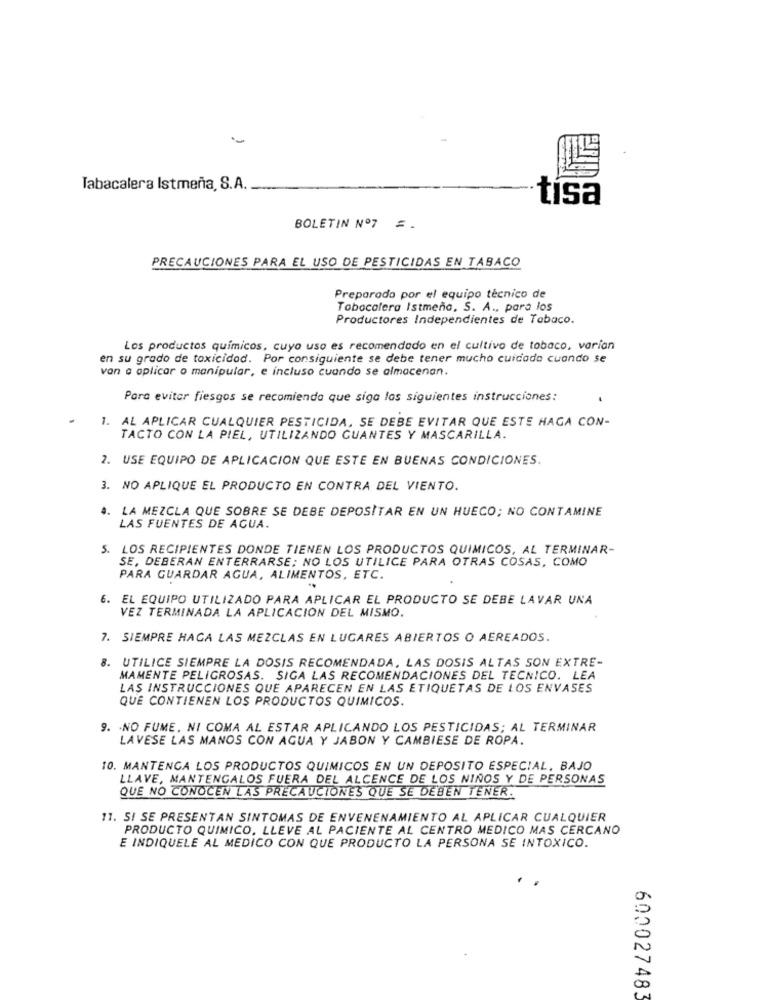
-
Tabacalera Istmeña, S.A.
tísa
BOLETIN Nº7 =
PRECAUCIONES PARA EL USO DE PESTICIDAS EN TABACO
Preparado por el equipo técnico de
Tobocalera Istmeno, S. A ., para los
Productores Independientes de Tabaco.
Los productos químicos, cuyo uso es recomendado en el cultivo de tobaco, varian
en su grado de toxicidad. Por consiguiente se debe tener mucho cuidado cuando se
van a aplicar o manipular, e incluso cuando se almacenan.
Para evitar fiesgos se recomienda que siga las siguientes instrucciones:
1. AL APLICAR CUALQUIER PESTICIDA, SE DEBE EVITAR QUE ESTE HAGA CON-
TACTO CON LA PIEL, UTILIZANDO GUANTES Y MASCARILLA.
2. USE EQUIPO DE APLICACION QUE ESTE EN BUENAS CONDICIONES.
3. NO APLIQUE EL PRODUCTO EN CONTRA DEL VIENTO.
4. LA MEZCLA QUE SOBRE SE DEBE DEPOSITAR EN UN HUECO; NO CONTAMINE
LAS FUENTES DE AGUA.
5. LOS RECIPIENTES DONDE TIENEN LOS PRODUCTOS QUIMICOS, AL TERMINAR-
SE, DEBERAN ENTERRARSE; NO LOS UTILICE PARA OTRAS COSAS, COMO
PARA GUARDAR AGUA, ALIMENTOS, ETC.
6. EL EQUIPO UTILIZADO PARA APLICAR EL PRODUCTO SE DEBE LAVAR UNA
VEZ TERMINADA LA APLICACION DEL MISMO.
7. SIEMPRE HAGA LAS MEZCLAS EN LUGARES ABIERTOS O AEREADOS.
8. UTILICE SIEMPRE LA DOSIS RECOMENDADA, LAS DOSIS ALTAS SON EXTRE-
MAMENTE PELIGROSAS. SIGA LAS RECOMENDACIONES DEL TECNICO. LEA
LAS INSTRUCCIONES QUE APARECEN EN LAS ETIQUETAS DE LOS ENVASES
QUE CONTIENEN LOS PRODUCTOS QUIMICOS.
9. . NO FUME. NI COMA AL ESTAR APLICANDO LOS PESTICIDAS; AL TERMINAR
LAVESE LAS MANOS CON AGUA Y JABON Y CAMBIESE DE ROPA.
10. MANTENGA LOS PRODUCTOS QUIMICOS EN UN DEPOSITO ESPECIAL, BAJO
LLAVE, MANTENGALOS FUERA DEL ALCANCE DE LOS NIÑOS Y DE PERSONAS
QUE NO CONOCEN LAS PRECAUCIONES QUE SE DEBEN TENER.
11. SI SE PRESENTAN SINTOMAS DE ENVENENAMIENTO AL APLICAR CUALQUIER
PRODUCTO QUIMICO, LLEVE AL PACIENTE AL CENTRO MEDICO MAS CERCANO
E INDIQUELE AL MEDICO CON QUE PRODUCTO LA PERSONA SE INTOXICO.
600027483